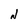
Character: N